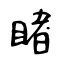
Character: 睹